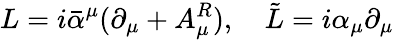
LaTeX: L=i\bar{\alpha}^{\mu}(\partial_{\mu}+A_{\mu}^{R}),\quad\tilde{L}=i\alpha_{\mu}\partial_{\mu}